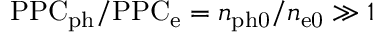
\mathrm { P P C } _ { \mathrm { p h } } / \mathrm { P P C } _ { \mathrm { e } } = n _ { \mathrm { p h 0 } } / n _ { \mathrm { e 0 } } \gg 1